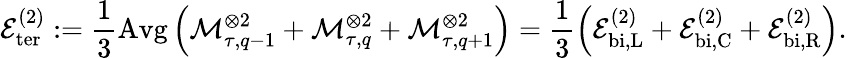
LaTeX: \mathcal{E}_{\mathrm{ter}}^{(2)}:=\frac{1}{3}\operatorname{Avg}\left(\mathcal{M}_{\tau,q-1}^{\otimes 2}+\mathcal{M}_{\tau,q}^{\otimes 2}+\mathcal{M}_{\tau,q+1}^{\otimes 2}\right)=\frac{1}{3}\left(\mathcal{E}_{\mathrm{bi},\mathrm{L}}^{(2)}+\mathcal{E}_{\mathrm{bi},\mathrm{C}}^{(2)}+\mathcal{E}_{\mathrm{bi},\mathrm{R}}^{(2)}\right).